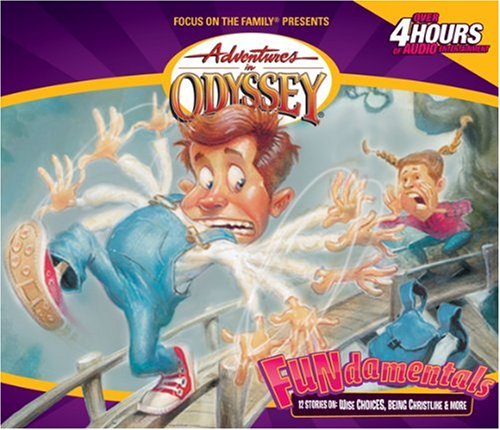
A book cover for Fun-damentals: Puns, Parables and Perilous Predicaments (Adventures in Odyssey / Gold Audio Series, No. 4); James Dobson; Humor & Entertainment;